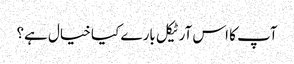
آپ کا اس آرٹیکل بارے کیا خیال ہے؟